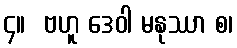
၄။  ဗဟူ ဒေဝါ မနုဿာ စ၊